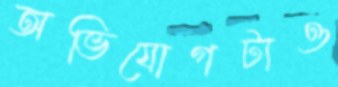
অভিযোগটাও